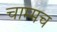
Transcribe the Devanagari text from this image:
चाम्मच